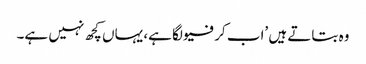
وہ بتاتے ہیں ’اب کرفیو لگا ہے، یہاں کچھ نہیں ہے۔